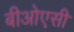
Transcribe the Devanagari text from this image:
बीओएसी